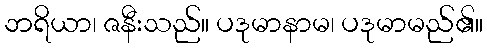
ဘရိယာ၊ ဇနီးသည်။ ပဒုမာနာမ၊ ပဒုမာမည်၏။